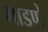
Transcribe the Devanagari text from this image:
भाडणे